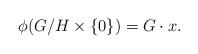
LaTeX: \begin{align*}\phi(G/H\times \{0\})=G\cdot x.\end{align*}